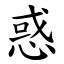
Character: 惑